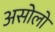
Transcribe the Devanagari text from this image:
असोलो